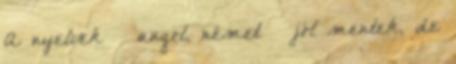
A nyelvek – angol, német – jól mentek, de